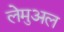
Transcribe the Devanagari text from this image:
लेमुअल